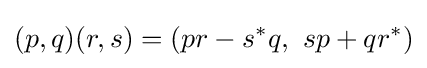
(p,q)(r,s)=(pr-s^{*}q,\ sp+qr^{*})